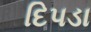
દિપડા